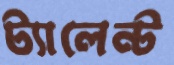
ট্যালেন্ট